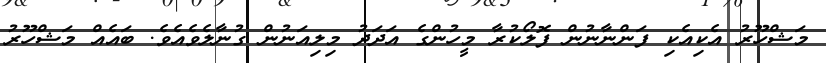
މަޝްހޫރު އެކިއެކި ފަންނާނުން ފޮލޯކުރާ މީހުންގެ އަދަދު މިލިއަނުން ގުނާލެވެއެވެ. ބައެއް މަޝްހޫރު